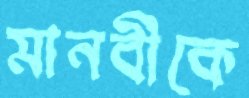
মানবীকে